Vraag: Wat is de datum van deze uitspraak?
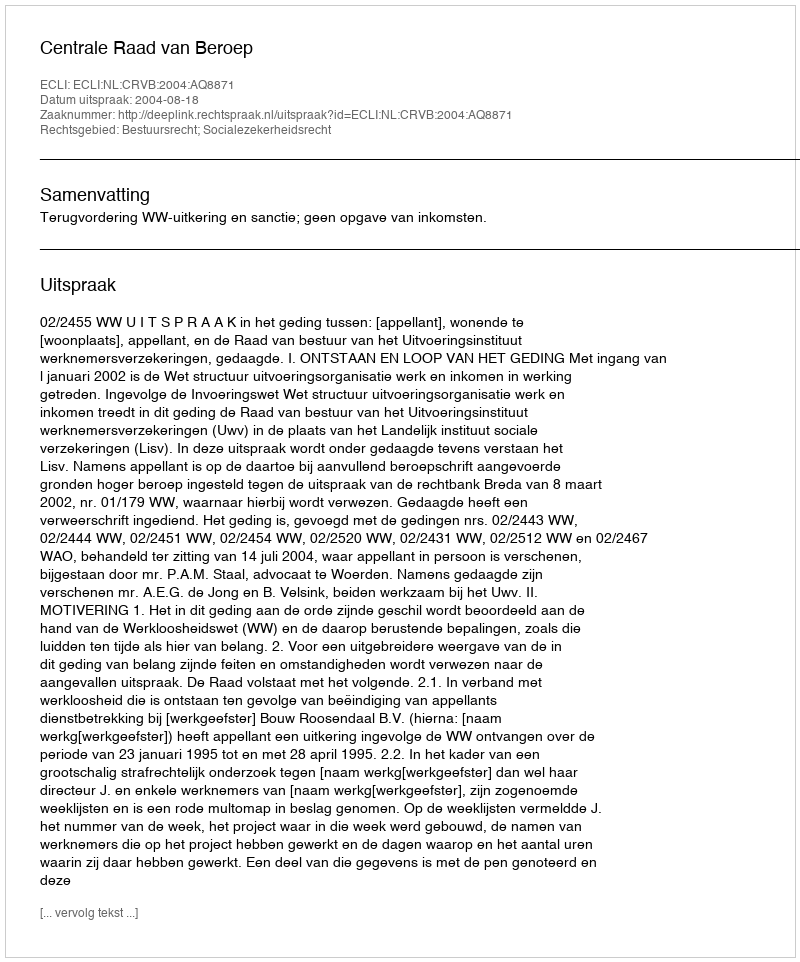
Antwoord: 2004-08-18